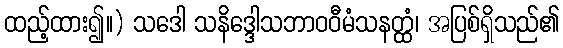
ထည့်ထား၍။) သဒေါ သနိဒ္ဒေါသဘာဝဝီမံသနတ္ထံ၊ အပြစ်ရှိသည်၏